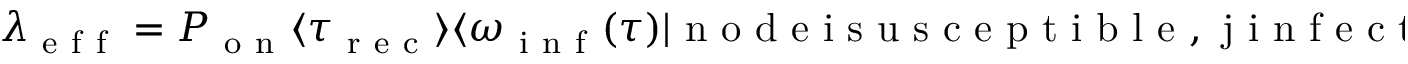
\lambda _ { \mathrm { ~ e ~ f ~ f ~ } } = P _ { \mathrm { ~ o ~ n ~ } } \langle \tau _ { \mathrm { ~ r ~ e ~ c ~ } } \rangle \langle \omega _ { \mathrm { ~ i ~ n ~ f ~ } } ( \tau ) | \mathrm { ~ n ~ o ~ d ~ e ~ i ~ s ~ u ~ s ~ c ~ e ~ p ~ t ~ i ~ b ~ l ~ e ~ , ~ j ~ i ~ n ~ f ~ e ~ c ~ t ~ e ~ d ~ , ~ e ~ d ~ g ~ e ~ i ~ j ~ a ~ c ~ t ~ i ~ v ~ e ~ } \rangle ,